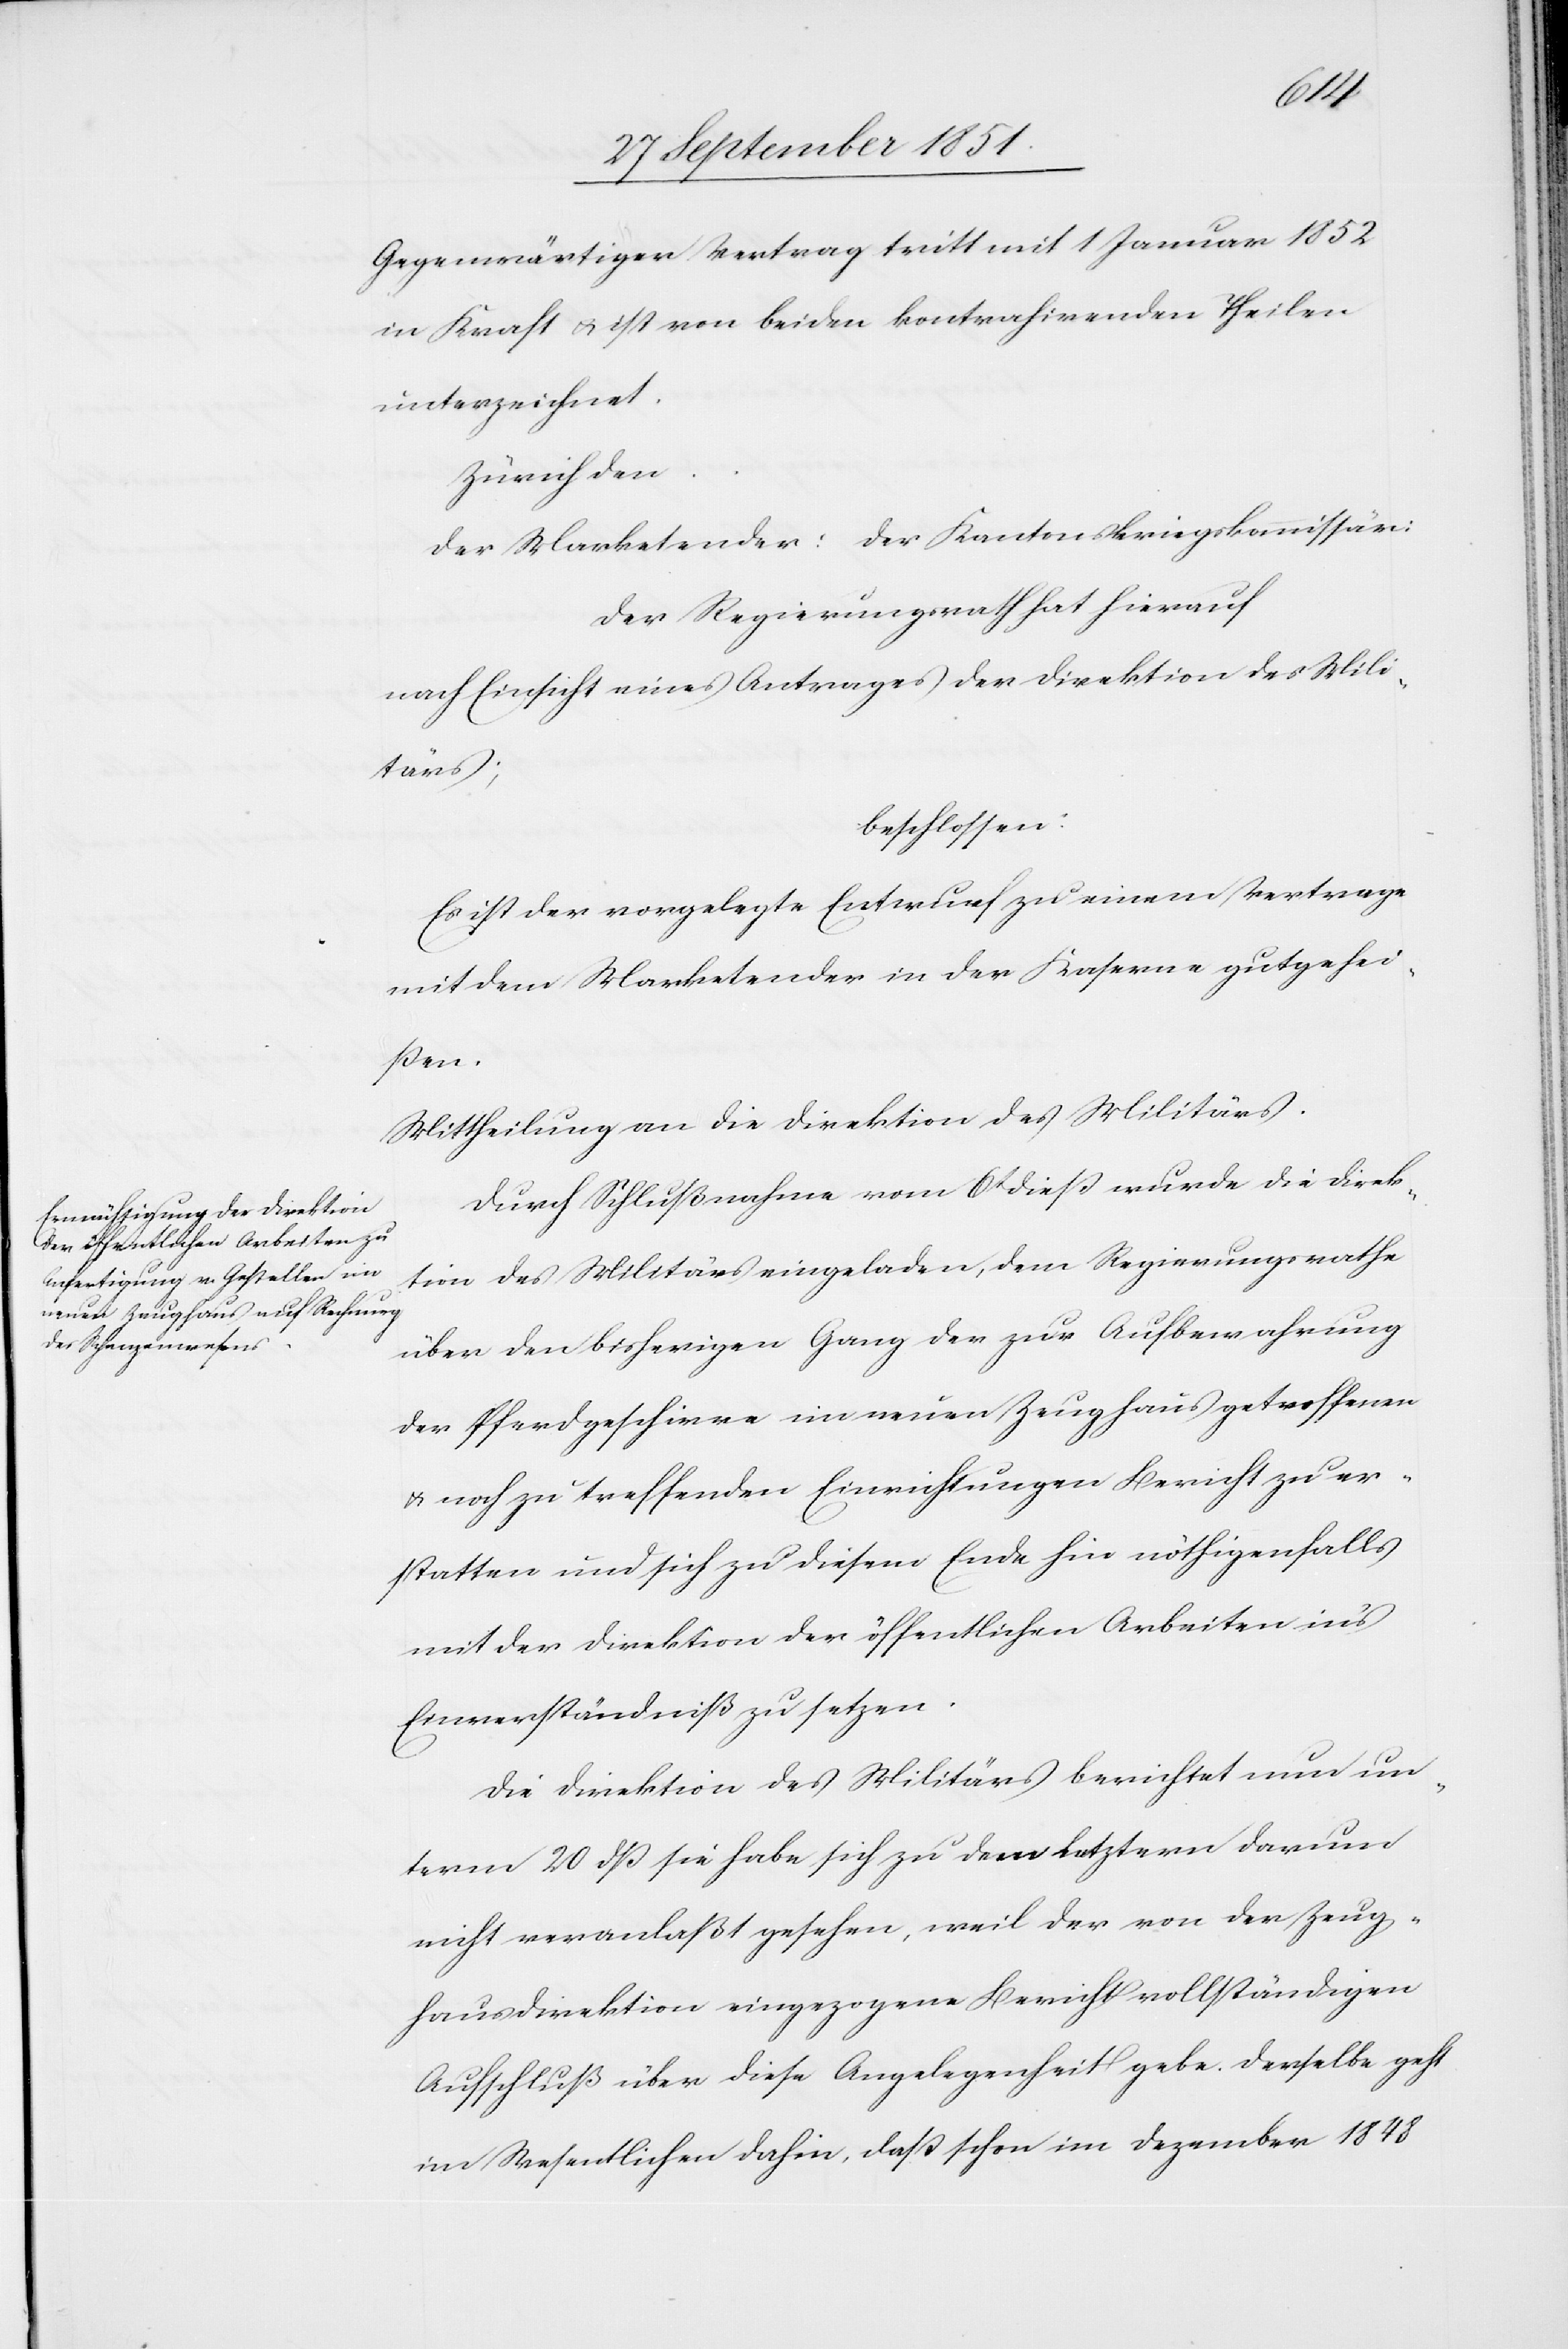
Gegenwärtiger Vertrag tritt mit 1 Januar 1852
in Kraft & ist von beiden kontrahirenden Theilen
unterzeichnet.
Zürich den
Der Marketender: der Kantonskriegskommissär:
Der Regierungsrath hat hierauf
nach Einsicht eines Antrages der Direktion des Mili¬
tärs;
beschlossen:
Es ist der vorgelegte Entwurf zu einem Vertrage
mit dem Marketender in der Kaserne gutgehei¬
ßen.
Mittheilung an die Direktion des Militärs.
Durch Schlußnahme vom 6t dieß wurde die Direk¬
tion des Militärs eingeladen, dem Regierungsrathe
über den bisherigen Gang der zur Aufbewahrung
der Pferdgeschirre im neuen Zeughaus getroffenen
& noch zu treffenden Einrichtungen Bericht zu er¬
statten und sich zu diesem Ende hin nöthigenfalls
mit der Direktion der öffentlichen Arbeiten in’s
Einverständniß zu setzen.
Die Direktion des Militärs berichtet nun un¬
term 20 dß sie habe sich zu dem letztern darum
nicht veranlaßt gesehen, weil der von der Zeug¬
hausdirektion eingezogene Bericht vollständigen
Aufschluß über diese Angelegenheit gebe. Derselbe geht
im Wesentlichen dahin, daß schon im Dezember 1848